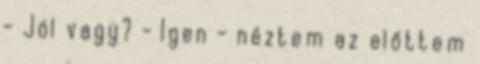
- Jól vagy? - Igen - néztem az előttem